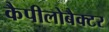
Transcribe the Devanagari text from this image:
कैपीलोबैक्टर